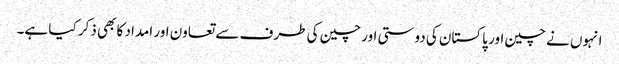
انہوں نے چین اور پاکستان کی دوستی اور چین کی طرف سے تعاون اور امداد کا بھی ذکر کیا ہے۔